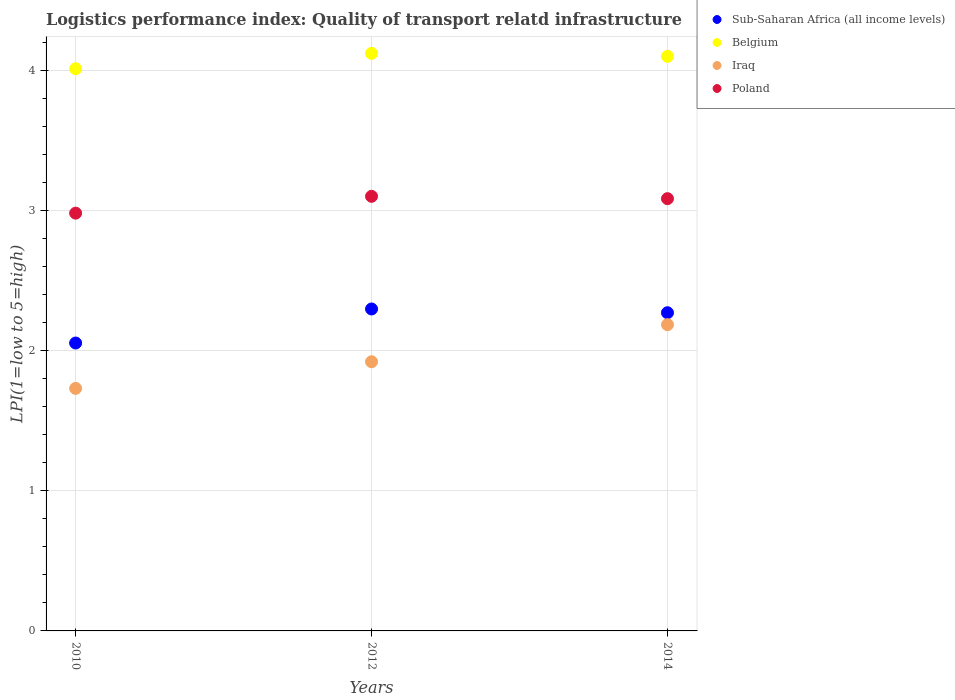
| Years | Sub-Saharan Africa (all income levels) | Belgium | Iraq | Poland |
 | --- | --- | --- | --- | --- |
 | 2010 | 2.05 | 4.01 | 1.73 | 2.98 |
 | 2012 | 2.3 | 4.12 | 1.92 | 3.1 |
 | 2014 | 2.27 | 4.1 | 2.18 | 3.08 |